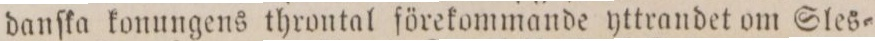
danſka konungens throntal förekommande yttrandet om Sles=